Source: Handwritten
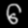
Digit: ၆ (6)